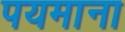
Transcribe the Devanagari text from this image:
पयमाना